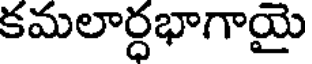
కమలార్ధభాగాయై